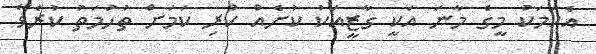
އެކަމަކު މީގެ މާނަ އަކީ ގާޒީއަކު ކުށެެއް ކުރި ކަމަށް ތުހުމަތު ކުރެވޭ